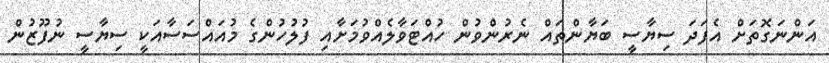
އަންނަގޮތަށް އެފަދަ ސިޔާސީ ބަޔާންތައް ނެރުންވުން ހުއްޓަވާލެއްވުމަށާއި ފުލުހުންގެ މުއައްސަސާއަކީ ސިޔާސީ ނުފޫޒުން